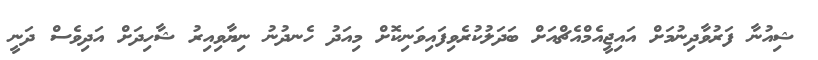
ޝިއުނާ ފަރުވާދިނުމަށް އައިޖީއެމްއެޗްއަށް ބަދަލުކުރެވިފައިވަނިކޮށް މިއަދު ހެނދުނު ނިޔާވިއިރު ޝާހިދަށް އަދިވެސް ދަނީ